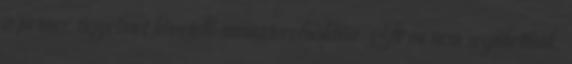
a primer figyelmet követelő miniszterelnökhöz. Itt mi nem segíthettünk.